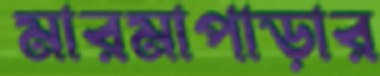
মারমাপাড়ার